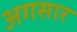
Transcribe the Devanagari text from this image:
अगसार